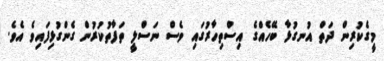
މީގެކުރިން ދަތް އުނގުޅާ ބޭހެއްގެ އިސްތިހާރުގައި ވެސް ނަސްލީ ތަފާތުކުރުން ގެންގުޅިފައިވެ އެވެ.